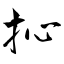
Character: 抋